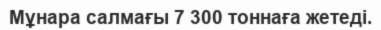
Мұнара салмағы 7 300 тоннаға жетеді.